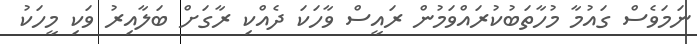
ނަމަވެސް ގައުމާ މުހާތަބުކުރައްވަމުން ރައީސް ވާހަކަ ދެއްކި ރާގަށް ބަލާއިރު ވަކި މީހަކު